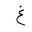
Letter: _gayn